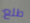
طلع